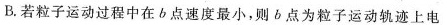
B.若粒子运动过程中在b点速度最小，则b点为粒子运动轨迹上电